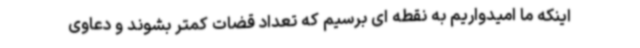
اینکه ما امیدواریم به نقطه ای برسیم که تعداد قضات کمتر بشوند و دعاوی